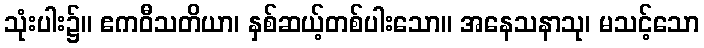
သုံးပါး၌။ ဧကဝီသတိယာ၊ နှစ်ဆယ့်တစ်ပါးသော။ အနေသနာသု၊ မသင့်သော